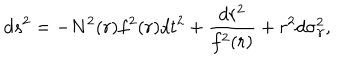
d s ^ { 2 } = - N ^ { 2 } ( r ) f ^ { 2 } ( r ) d t ^ { 2 } + \frac { d r ^ { 2 } } { f ^ { 2 } ( r ) } + r ^ { 2 } d \sigma _ { \gamma } ^ { 2 } ,